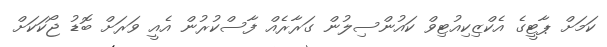
ކަމަށް ޕާޓީގެ އެކްޒިކިއުޓިވް ކައުންސިލުން ގަރާރެއް ފާސްކުރުން އެއީ ވަރަށް ބޮޑު ޖޯކަކަށް